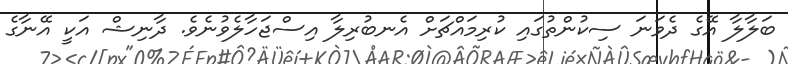
ބަލާލާ އޭގެ ދެވަނަ ސިކުންތުގައި ކުރިމައްޗަށް އެނބުރިލާ އިސްޖަހާލެވުނެވެ. ދާނިޝް އަކީ އޭނާގެ